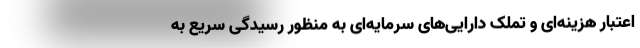
اعتبار هزینه‌ای و تملک دارایی‌های سرمایه‌ای به منظور رسیدگی سریع به